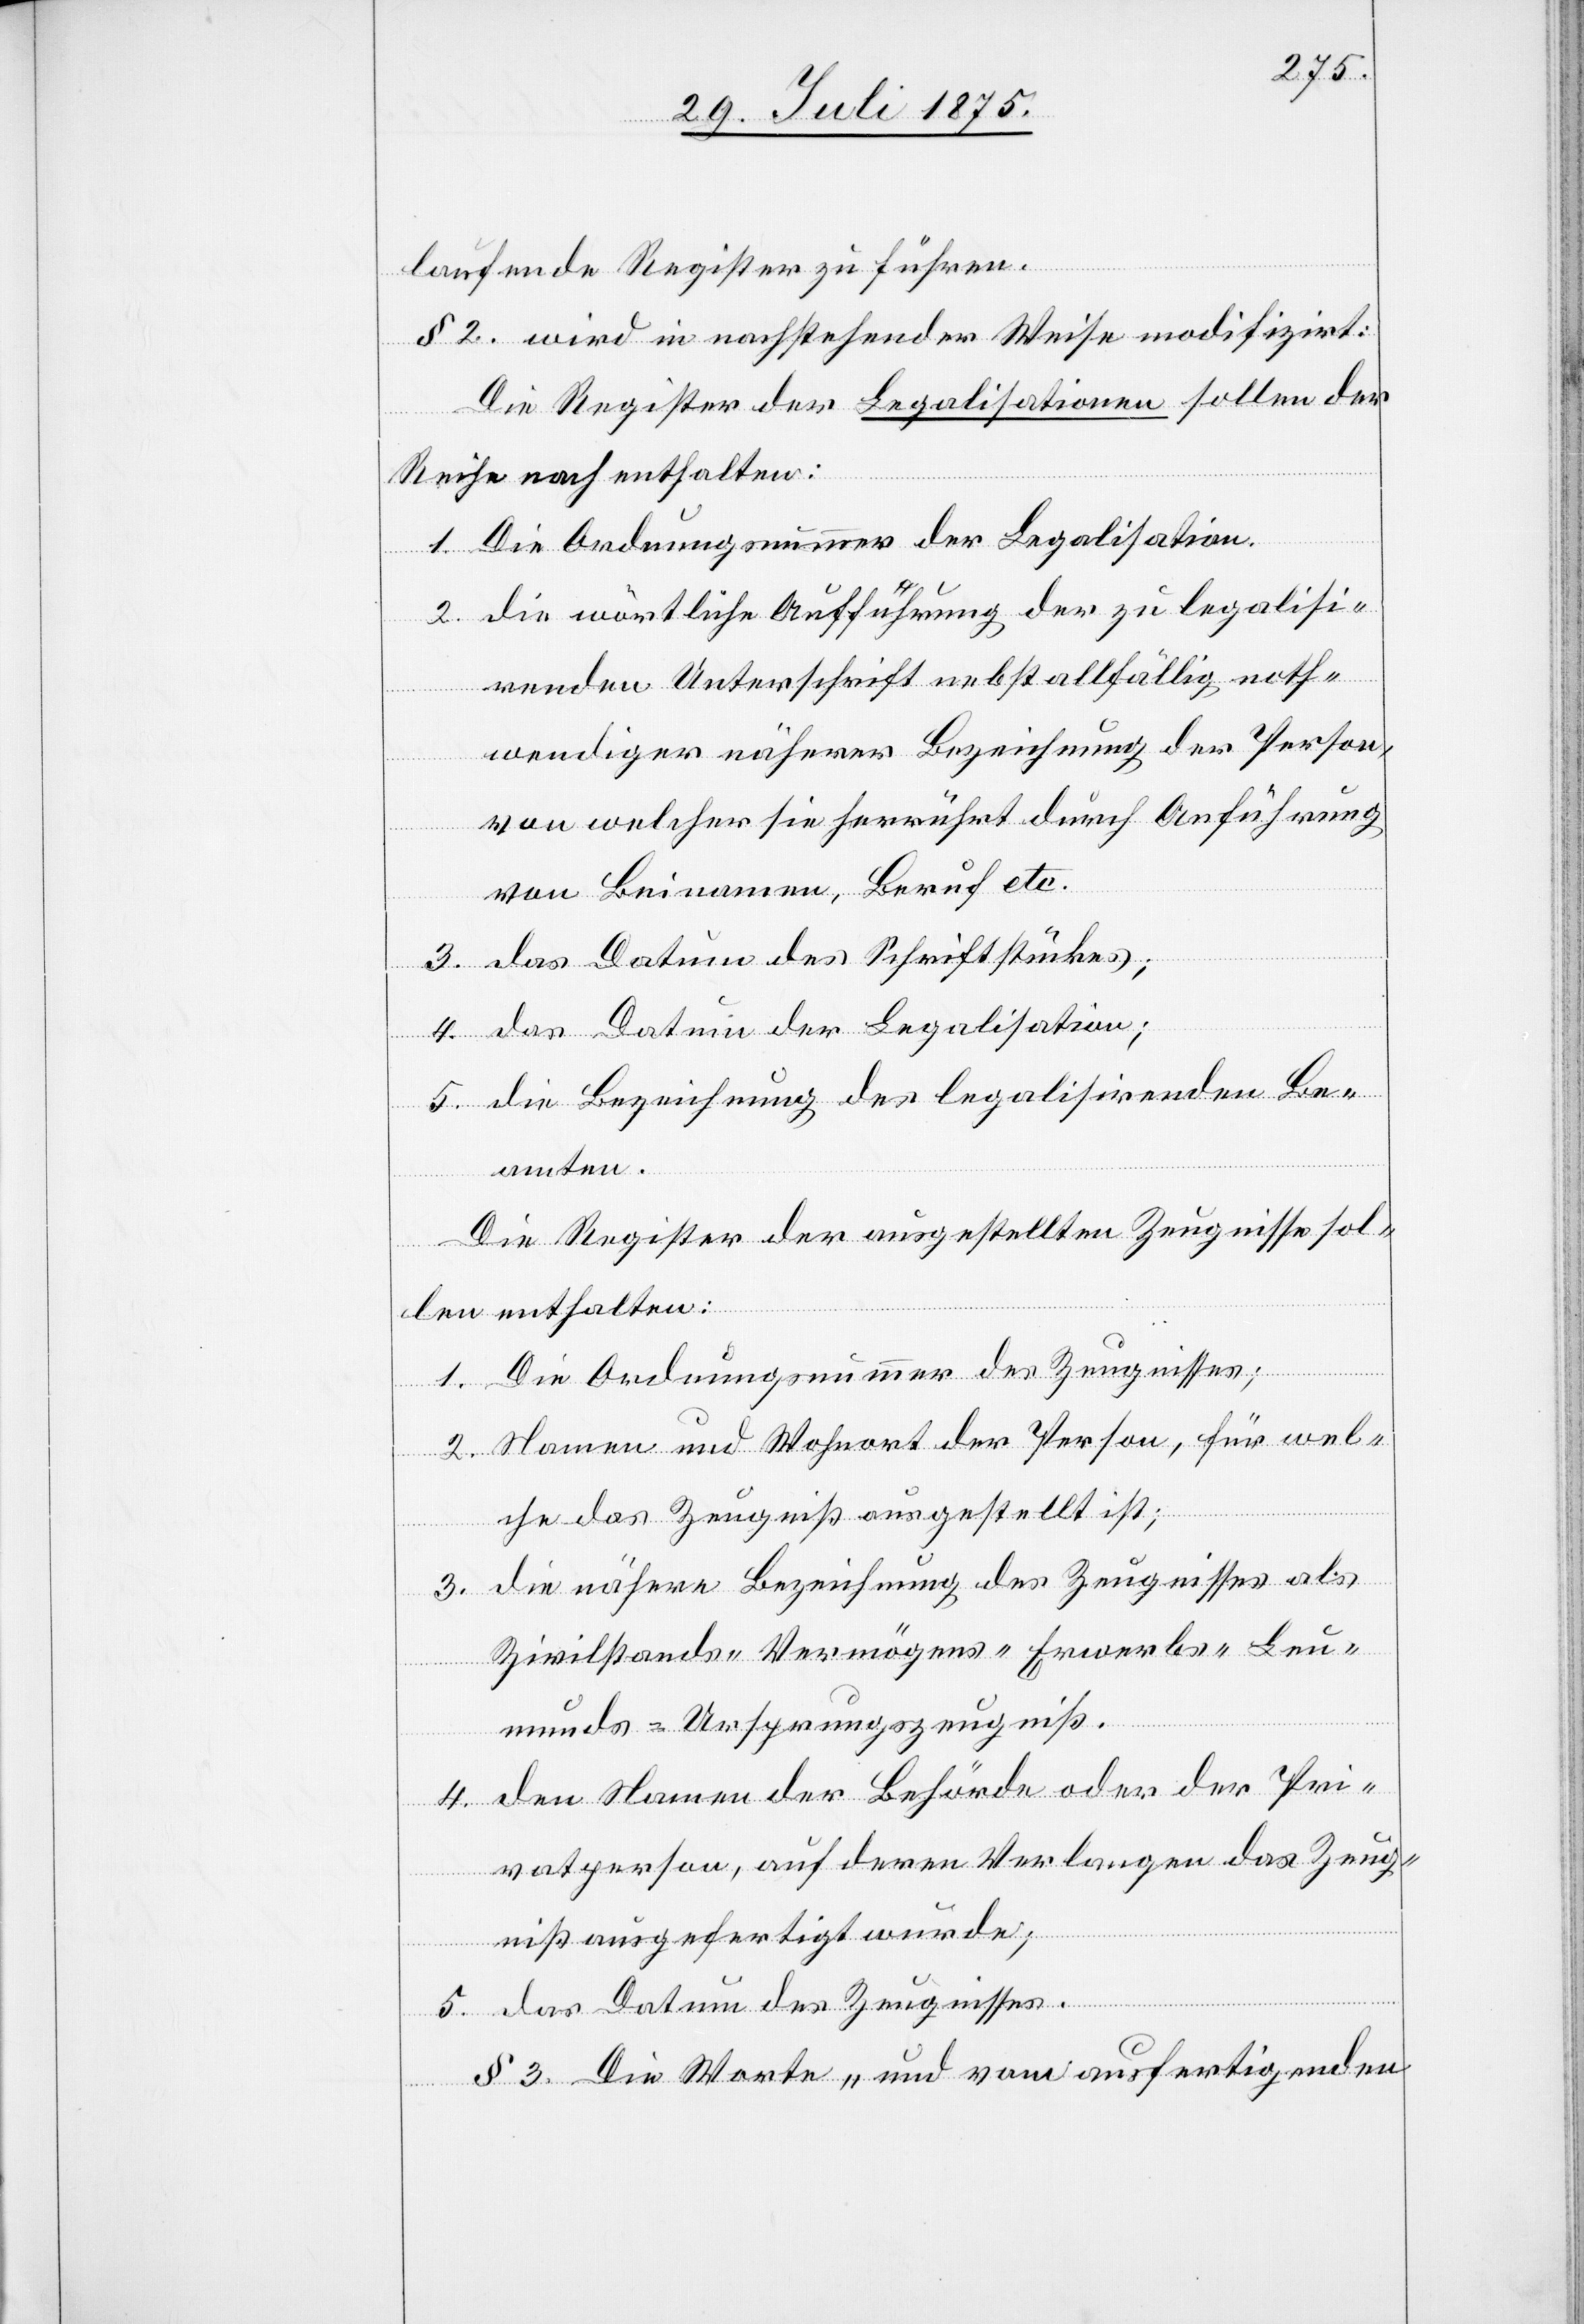
laufende Register zu führen.
§ 2. wird in nachstehender Weise modifizirt:
Die Register der Legalisationen sollen der
Reihe nach enthalten:
1. Die Ordnungsnummer der Legalisation.
2. die wörtliche Aufführung der zu legalisi¬
renden Unterschrift nebst allfällig noth¬
wendiger näherer Bezeichnung der Person,
von welcher sie herrührt durch Anführung
von Beinamen, Beruf etc.
3. das Datum des Schriftstückes;
4. das Datum der Legalisation;
5. die Bezeichnung des legalisirenden Be¬
amten.
Die Register der ausgestellten Zeugnisse sol¬
len enthalten:
1. Die Ordnungsnummer des Zeugnisses;
2. Namen und Wohnort der Person, für wel¬
che das Zeugniß ausgestellt ist;
3. die nähere Bezeichnung des Zeugnisses als
Zivilstands- Vermögens- Erwerbs- Leu¬
munds-Ursprungszeugniß.
4. den Namen der Behörde oder der Pri¬
vatperson, auf deren Verlangen das Zeug¬
niß ausgefertigt wurde;
5. das Datum des Zeugnisses.
§ 3. Die Worte „und vom ausfertigenden